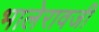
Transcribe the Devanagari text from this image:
भालेरावजी